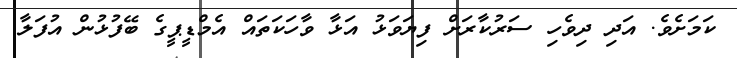
ކަމަށެވެ. އަދި ދިވެހި ސަރުކާރަށް ފިޔަވަޅު އަޅާ ވާހަކަތައް އެމްޑީޕީގެ ބޭފުޅުން އުފަލާ